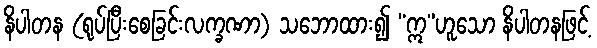
နိပါတန (ရုပ်ပြီးစေခြင်းလက္ခဏာ) သဘောထား၍ “ဣ”ဟူသော နိပါတနဖြင့်